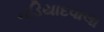
નડિયાદવાલા